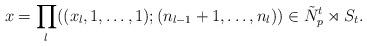
LaTeX: \begin{align*}x=\prod_l((x_l,1,\dots,1);(n_{l-1}+1,\dots,n_l))\in\tilde{N}_p^t\rtimes S_t.\end{align*}